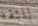
للثقة